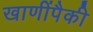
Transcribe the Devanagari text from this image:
खाणींपैकी